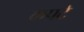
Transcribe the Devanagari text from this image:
कपटे